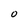
Character: O